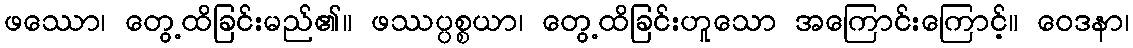
ဖဿော၊ တွေ့ထိခြင်းမည်၏။ ဖဿပ္ပစ္စယာ၊ တွေ့ထိခြင်းဟူသော အကြောင်းကြောင့်။ ဝေဒနာ၊